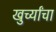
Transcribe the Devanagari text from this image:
खुर्च्यांचा